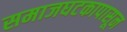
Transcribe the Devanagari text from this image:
समाजघटकापासून